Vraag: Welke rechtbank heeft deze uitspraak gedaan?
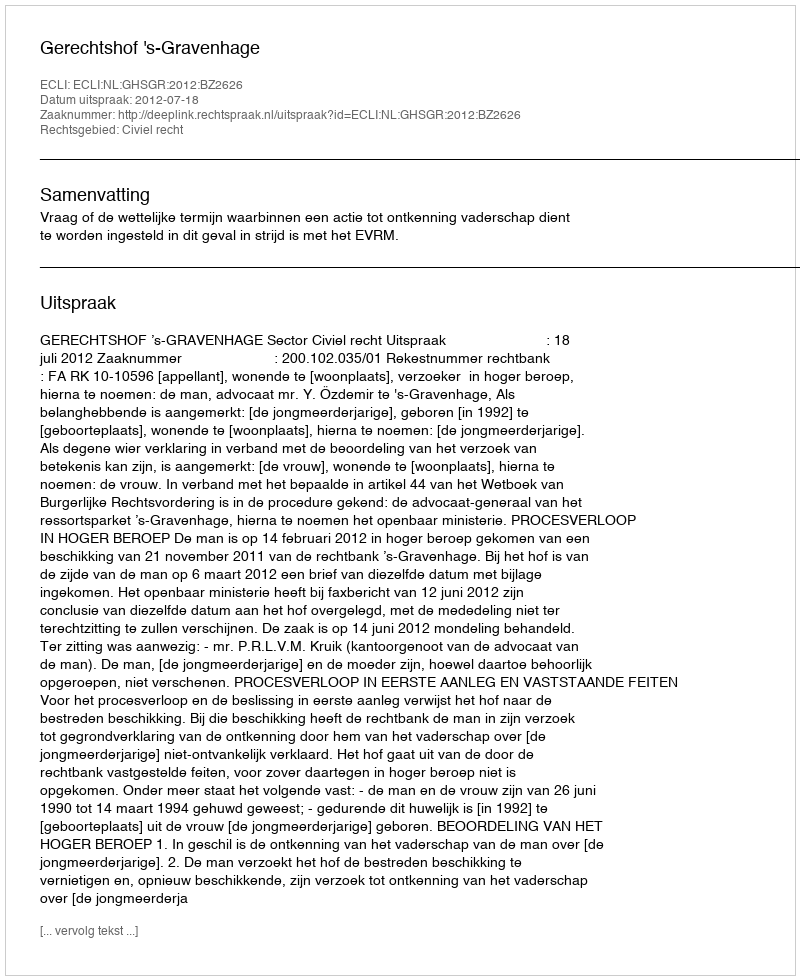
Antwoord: Gerechtshof 's-Gravenhage